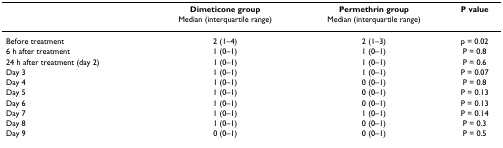
<table><thead><tr><td></td><td><b>Dimeticone group</b></td><td><b>Permethrin group</b></td><td><b>P value</b></td></tr><tr><td></td><td><b>Median (interquartile range)</b></td><td><b>Median (interquartile range)</b></td><td></td></tr></thead><tbody><tr><td>Before treatment</td><td>2 (1–4)</td><td>2 (1–3)</td><td>p = 0.02</td></tr><tr><td>6 h after treatment</td><td>1 (0–1)</td><td>1 (0–1)</td><td>P = 0.8</td></tr><tr><td>24 h after treatment (day 2)</td><td>1 (0–1)</td><td>1 (0–1)</td><td>P = 0.6</td></tr><tr><td>Day 3</td><td>1 (0–1)</td><td>1 (0–1)</td><td>P = 0.07</td></tr><tr><td>Day 4</td><td>1 (0–1)</td><td>0 (0–1)</td><td>P = 0.8</td></tr><tr><td>Day 5</td><td>1 (0–1)</td><td>0 (0–1)</td><td>P = 0.13</td></tr><tr><td>Day 6</td><td>1 (0–1)</td><td>0 (0–1)</td><td>P = 0.13</td></tr><tr><td>Day 7</td><td>1 (0–1)</td><td>1 (0–1)</td><td>P = 0.14</td></tr><tr><td>Day 8</td><td>1 (0–1)</td><td>0 (0–1)</td><td>P = 0.3</td></tr><tr><td>Day 9</td><td>0 (0–1)</td><td>0 (0–1)</td><td>P = 0.5</td></tr></tbody></table>